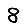
Digit: 8